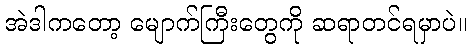
အဲဒါကတော့ မျောက်ကြီးတွေကို ဆရာတင်ရမှာပဲ။